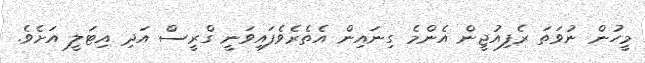
މީހުން ނުވަތަ ރެފިއުޖީން އެންމެ ގިނައިން އެތެރެވެފައިވަނީ ގްރީސް އަދި އިޓަލީ އަށެވެ.